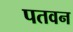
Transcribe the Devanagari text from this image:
पतवन